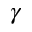
\gamma